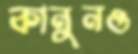
কানুনও